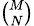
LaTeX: \scriptstyle{\binom{M}{N}}